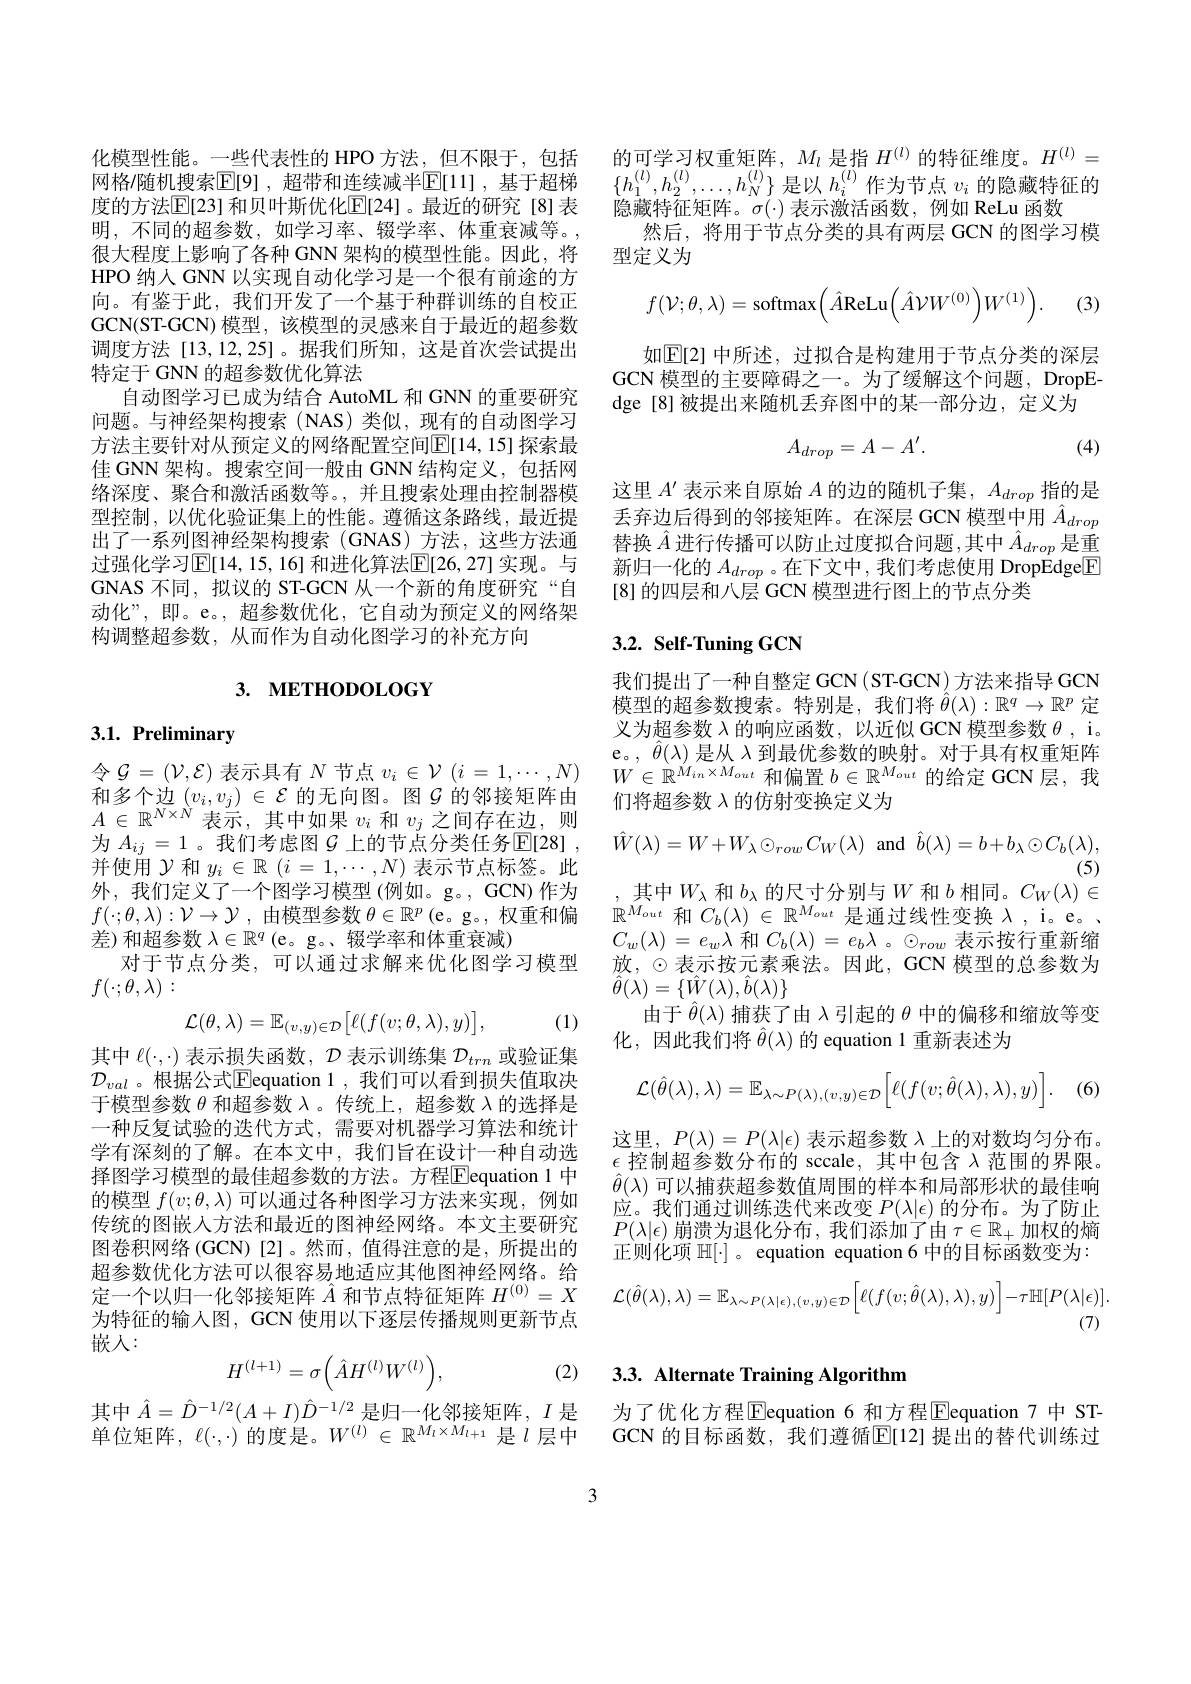
明，不同的超参数，如学习率、辍学率、体重衰减等。, 很大程度上影响了各种 GNN 架构的模型性能。因此，将HPO 纳人 GNN 以实现自动化学习是一个很有前途的方向。有鉴于此，我们开发了一个基于种群训练的自校正GCN(ST-GCN) 模型，该模型的灵感来自于最近的超参数调度方法[13,12,25]。据我们所知，这是首次尝试提出特定于 GNN 的超参数优化算法
自动图学习已成为结合 AutoML 和 GNN 的重要研究问题。与神经架构搜索(NAS)类似，现有的自动图学习方法主要针对从预定义的网络配置空间$\overline{\mathbb{E}}[14,15]$ 探索最佳 GNN 架构。搜索空间一般由 GNN 结构定义，包括网络深度、聚合和激活函数等。,并且搜索处理由控制器模型控制，以优化验证集上的性能。遵循这条路线，最近提出了一系列图神经架构搜索 (GNAS)方法，这些方法通过强化学习$\mathbb{E}[14,15,16]$ 和进化算法$\mathbb{E}[26,27]$ 实现。与GNAS 不同，拟议的 ST-GCN 从一个新的角度研究“自动化”,即。e。,超参数优化，它自动为预定义的网络架构调整超参数，从而作为自动化图学习的补充方向

# 3. METHODOLOGY

# 3.1. Preliminary

令$\mathcal{G}=(\mathcal{V},\mathcal{E})$表示具有$N$节点$v_i\in\mathcal{V}(i=1,\cdots,N)$ 和多个边$\left(v_i,v_j\right)\in\mathcal{E}$的无向图。图$\mathcal{G}$的邻接矩阵由$A\in\mathbb{R}^{N\times\grave{N}}$表示，其中如果$v_i$和$v_j$之间存在边，则为$A_{ij}=1$ 。我们考虑图$\mathcal{G}$上的节点分类任务$\mathbb{E}[28]$, 并使用$\mathcal{Y}$和$y_i\in\mathbb{R}\left(i=1,\cdots,N\right)$表示节点标签。此外，我们定义了一个图学习模型(例如。g。,GCN)作为$f(\cdot;\theta,\lambda):\mathcal{V}\to\mathcal{Y}$ ,由模型参数$\theta\in\mathbb{R}^p$ (e。g。, 权重和偏差 ) 和 超 参 数 $\lambda \in \mathbb{R} ^q\left ( \mathrm{e} 。\mathrm{g} 。\text{ 辍 学 率 和 体 重 衰 减 }\right )$
对于节点分类，可以通过求解来优化图学习模型
$f(\cdot;\theta,\lambda):$

(1)
$$\mathcal{L}(\theta,\lambda)=\mathbb{E}_{(v,y)\in\mathcal{D}}\big[\ell(f(v;\theta,\lambda),y)\big],$$
其中$\ell(\cdot,\cdot)$表示损失函数，$\mathcal{D}$表示训练集$\mathcal{D}_trn$或验证集$\mathcal{D}_{val}$ 。根据公式$\overline\text{Eequation 1,我们可以看到损失值取决}$ 于模型参数$\theta$和超参数$\lambda$。传统上，超参数$\lambda$的选择是一种反复试验的迭代方式，需要对机器学习算法和统计学有深刻的了解。在本文中，我们旨在设计一种自动选择图学习模型的最佳超参数的方法。方程$\boxed{\mathrm{E}}$equation 1 中的模型$f(v;\theta,\lambda)$可以通过各种图学习方法来实现，例如传统的图嵌入方法和最近的图神经网络。本文主要研究图卷积网络 (GCN) [2]。然而，值得注意的是，所提出的超参数优化方法可以很容易地适应其他图神经网络。给定一个以归一化邻接矩阵$\hat{A}$和节点特征矩阵$H^(0)=X$ 为特征的输入图，GCN 使用以下逐层传播规则更新节点嵌入：

(2)
$$H^{(l+1)}=\sigma\Big(\hat{A}H^{(l)}W^{(l)}\Big),$$
其中$\hat{A}=\hat{D}^{-1/2}(A+I)\hat{D}^{-1/2}$是归一化邻接矩阵，$I$ 是 为了优化方程$\mathbb{E}$equation 6 和方程$\mathbb{E}$equation 7 中 ST单位矩阵，$\ell(\cdot,\cdot)$ 的度是。$W^{(l)}\in\mathbb{R}^{M_i\times M_{i+1}}$ 是$l$ 层中 GCN 的目标函数，我们遵循$\mathbb{E}[12]$提出的替代训练过

化模型性能。一些代表性的 HPO 方法，但不限于，包括 的可学习权重矩阵，$M_l$是指$H^{(l)}$的特征维度。$H^{(l)}=$ 网格/随机搜索$\mathbb{E}[9]$ ,超带和连续减半$\mathbb{E}[11]$ ,基于超梯$\{h_1^{(l)},h_2^{(l)},\ldots,h_N^{(l)}\}$是以$h_i^{(l)}$作为节点$v_i$的隐藏特征的度的方法$\mathbb{E}[23]$和贝叶斯优化$\mathbb{E}[24]$。最近的研究[8]表 隐藏特征矩阵。$\sigma(\cdot)\ddot\text{表示激活函数，例如 ReLu 函数}$
然后，将用于节点分类的具有两层 GCN 的图学习模
型定义为
$$f(\mathcal{V};\theta,\lambda)=\mathrm{softmax}\Big(\hat{A}\mathrm{ReLu}\Big(\hat{A}\mathcal{V}W^{(0)}\Big)W^{(1)}\Big).$$
(3,

如$\mathbb{E}[2]$ 中所述，过拟合是构建用于节点分类的深层GCN 模型的主要障碍之一。为了缓解这个问题，DropEdge[8]被提出来随机丢弃图中的某一部分边，定义为
$$A_{drop}=A-A'.$$
(4)

这里$A^\prime$表示来自原始$A$的边的随机子集$,A_drop$指的是丢弃边后得到的邻接矩阵。在深层 GCN 模型中用$\hat{A}_{drop}$ 替换$\hat{A}$进行传播可以防止过度拟合问题，其中$\hat{A}_drop$是重新归一化的$A_drop$ 。在下文中，我们考虑使用 DropEdge$\boxed{\mathrm{F}}$ [8] 的四层和八层 GCN 模型进行图上的节点分类

## $3. 2. \textbf{ Self- Tuning GCN}$

我们提出了一种自整定 GCN (ST-GCN) 方法来指导 GCN 模型的超参数搜索。特别是，我们将$\hat{\theta}(\lambda):\mathbb{R}^q\to\mathbb{R}^p$ 定义为超参数$\lambda$的响应函数，以近似 GCN 模型参数$\theta$, i。e。, $\hat{\theta}(\lambda)$是从$\lambda$到最优参数的映射。对于具有权重矩阵$W\in\mathbb{R}^{M_{in}\times M_{out}}$和偏置$b\in\mathbb{R}^M_{out}$的给定 GCN 层，我们将超参数$\lambda$的仿射变换定义为
$$\hat{W}(\lambda)=W+W_{\lambda}\odot_{row}C_{W}(\lambda)\:\mathrm{and}\:\hat{b}(\lambda)=b+b_{\lambda}\odot C_{b}(\lambda),$$
其中$W_\lambda$和$b_\lambda$的尺寸分别与$W$和$b$相同。$C_W(\lambda)\in$ $\mathbb{R}^{M_{out}}$和$C_b(\lambda)\in\mathbb{R}^{M_{out}}$是通过线性变换$\lambda$, i。e。$C_{w}(\lambda)=e_{w}\lambda$和$C_b(\lambda)=e_b\lambda$ 。$\odot_row$表示按行重新缩放，$\odot$表示按元素乘法。因此，GCN 模型的总参数为$\hat{\theta}(\lambda)=\{\hat{W}(\lambda),\hat{b}(\lambda)\}$
由于$\hat{\theta}(\lambda)$捕获了由$\lambda$引起的$\theta$中的偏移和缩放等变
化，因此我们将$\hat{\theta}(\lambda)$的 equation 1 重新表述为
$$\mathcal{L}(\hat{\theta}(\lambda),\lambda)=\mathbb{E}_{\lambda\sim P(\lambda),(v,y)\in\mathcal{D}}\Big[\ell(f(v;\hat{\theta}(\lambda),\lambda),y)\Big].$$
(6)

这里，$P(\lambda)=P(\lambda|\epsilon)$表示超参数$\lambda$上的对数均匀分布。$\epsilon$ 控制超参数分布的 sccale,其中包含 $\lambda$范围的界限。$\hat{\theta}(\lambda)$可以捕获超参数值周围的样本和局部形状的最佳响应。我们通过训练迭代来改变$P(\lambda|\epsilon)$的分布。为了防止$P(\lambda|\epsilon)$ 崩溃为退化分布，我们添加了由 $\tau\in\mathbb{R}_+$加权的熵正则化项$\mathbb{H}[\cdot]$ 。equation equation 6 中的目标函数变为：
$$\mathcal{L}(\hat{\theta}(\lambda),\lambda)=\mathbb{E}_{\lambda\sim P(\lambda|\epsilon),(v,y)\in\mathcal{D}}\Big[\ell(f(v;\hat{\theta}(\lambda),\lambda),y)\Big]-\tau\mathbb{H}[P(\lambda|\epsilon)].$$
## 3.3. Alternate Training Algorithm

3